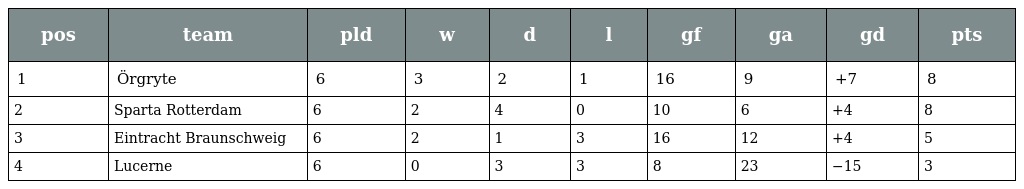
| pos | team | pld | w | d | l | gf | ga | gd | pts |
 | --- | --- | --- | --- | --- | --- | --- | --- | --- | --- |
 | 1 | Örgryte | 6 | 3 | 2 | 1 | 16 | 9 | +7 | 8 |
 | 2 | Sparta Rotterdam | 6 | 2 | 4 | 0 | 10 | 6 | +4 | 8 |
 | 3 | Eintracht Braunschweig | 6 | 2 | 1 | 3 | 16 | 12 | +4 | 5 |
 | 4 | Lucerne | 6 | 0 | 3 | 3 | 8 | 23 | −15 | 3 |